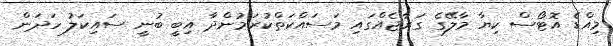
މިއްޑެ އޮޓޯސް ކިޔާ މާލޭގެ ގަރާޖެއްގައި މަސައްކަތްކުރަމުންދާ އިބީ ބުނީ ސައިކަލު ހަދަން